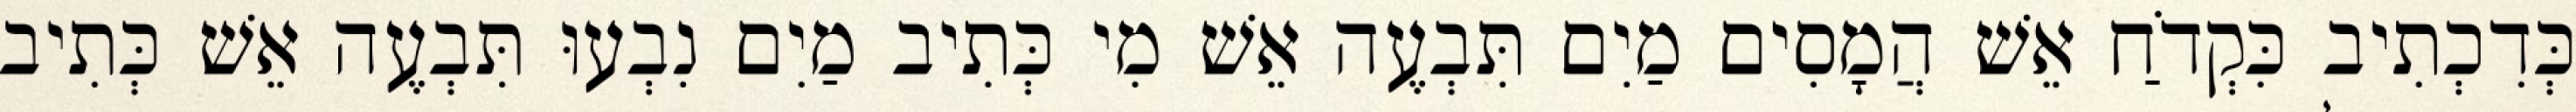
כְּדִכְתִיב כִּקְדֹחַ אֵשׁ הֲמָסִים מַיִם תִּבְעֶה אֵשׁ מִי כְּתִיב מַיִם נִבְעוּ תִּבְעֶה אֵשׁ כְּתִיב